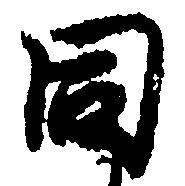
同